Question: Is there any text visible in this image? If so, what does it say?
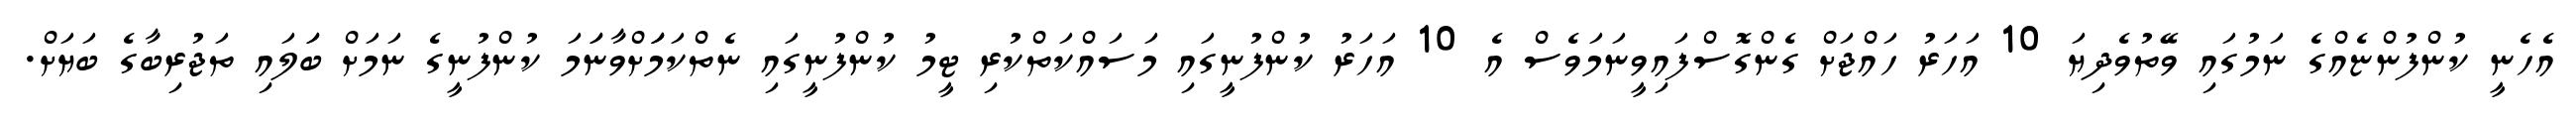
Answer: އެހެނީ ކުންފުންޏެއްގެ ނަމުގައި ވޭތުވެދިޔަ 10 އަހަރު ހައްޖަށް ގެންގޮސްފައިވީނަމަވެސް އެ 10 އަހަރު ކުންފުނީގައި މަސައްކަތްކުރި ޓީމު ކުންފުނީގައި ނެތްކަމަަަށްވާނަަމަ ކުންފުނީގެ ނަމަށް ބަަލައި ތަޖުރިބާގެ ބަޔަށް.